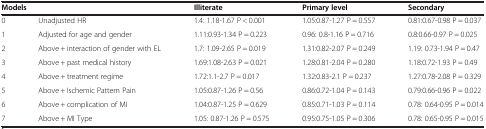
| <COLSPAN=2> Models | Illiterate | Primary level | Secondary |
 | --- | --- | --- | --- | --- |
 | 0 | Unadjusted HR | 1.4: 1.18-1.67 P < 0.001 | 1.05:0.87-1.27 P = 0.557 | 0.81:0.67-0.98 P = 0.037 |
 | 1 | Adjusted for age and gender | 1.11:0.93-1.34 P = 0.223 | 0.96: 0.8-1.16 P = 0.716 | 0.8:0.66-0.97 P = 0.025 |
 | 2 | Above + interaction of gender with EL | 1.7: 1.09-2.65 P = 0.019 | 1.31:0.82-2.07 P = 0.249 | 1.19: 0.73-1.94 P = 0.47 |
 | 3 | Above + past medical history | 1.69:1.08-2.63 P = 0.021 | 1.28:0.81-2.04 P = 0.280 | 1.18:0.72-1.93 P = 0.49 |
 | 4 | Above + treatment regime | 1.72:1.1-2.7 P = 0.017 | 1.32:0.83-2.1 P = 0.237 | 1.27:0.78-2.08 P = 0.329 |
 | 5 | Above + Ischemic Pattern Pain | 1.05:0.87-1.26 P = 0.56 | 0.86:0.72-1.04 P = 0.143 | 0.79:0.66-0.96 P = 0.022 |
 | 6 | Above + complication of MI | 1.04:0.87-1.25 P = 0.629 | 0.85:0.71-1.03 P = 0.114 | 0.78: 0.64-0.95 P = 0.014 |
 | 7 | Above + MI Type | 1.05: 0.87-1.26 P = 0.575 | 0.95:0.75-1.05 P = 0.306 | 0.78: 0.65-0.95 P = 0.015 |